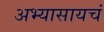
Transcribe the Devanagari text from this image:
अभ्यासायचं